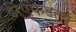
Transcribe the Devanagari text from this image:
डीएफडल्‍यू